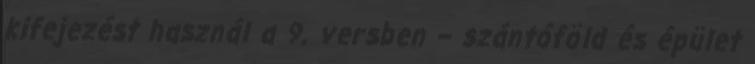
kifejezést használ a 9. versben – szántóföld és épület